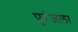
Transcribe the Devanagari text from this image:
पुरंजला